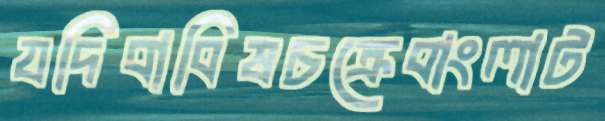
যদিবাবিষচক্রেবাংলাট